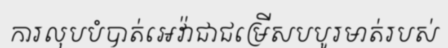
ការលុបបំបាត់អេវ៉ាជាជម្រើសបបូរមាត់របស់